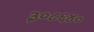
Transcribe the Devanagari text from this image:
३०८६४०